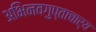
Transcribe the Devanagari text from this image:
अभिनवगुप्ताचार्य